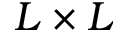
L \times L